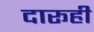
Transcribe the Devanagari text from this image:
दारूही